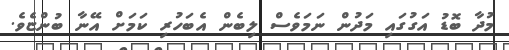
މުދާ ބޮޑު އަގުގައި މަދުން ނަމަވެސް ލިބެން އެބަހުރި ކަމަށް އޭނާ ބުންޏެވެ.